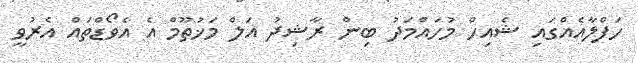
ހަފްލާއެއްގައި ޝެއިހް މުހައްމަދު ބިން ރާޝިދު އަލް މަޚުތޫމް އެ އެވޯޑްތައް އެރުވީ